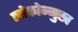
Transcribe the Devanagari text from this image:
लोकोन्मुख